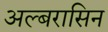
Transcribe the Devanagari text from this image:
अल्बरासिन